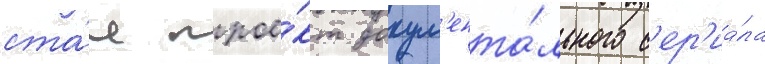
ста́л прое́кт докум'ента́льного с'ер'иа́ла